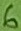
Text: 6